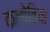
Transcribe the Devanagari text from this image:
कलोतिया